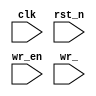
module sync_fifo # (
    parameter DATA_WIDTH = 8,
    parameter FIFO_DEPTH = 8,
    parameter ADDR_WIDH  = 3
)(
    input clk,
    input rst_n,
    input wr_en,
    input wr_
);
    
endmodule